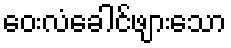
ဝေးလံခေါင်ဖျားသော